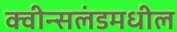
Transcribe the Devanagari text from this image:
क्वीन्सलंडमधील